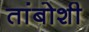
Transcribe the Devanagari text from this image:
तांबोशी